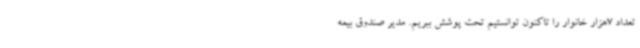
تعداد 7هزار خانوار را تاکنون توانستیم تحت پوشش ببریم. مدیر صندوق بیمه